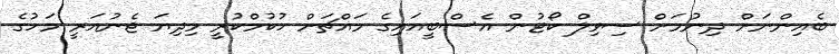
ބެއިންނަށް ދިނުމަށް ސިވިލް ކޯޓުން އެސްބީއައިގެ މައްޗަށް ހުކުމްކުރީ މިދިޔަ ޖެނުއަރީ މަހުގެ